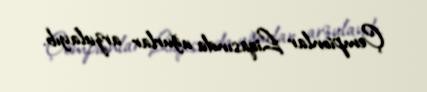
Çempionlar Liqasında uğurlar arzulayıb.